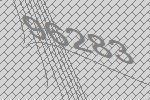
96283